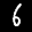
Label: 6